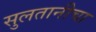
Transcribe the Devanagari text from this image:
सुलतानीचा